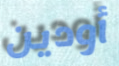
أودين